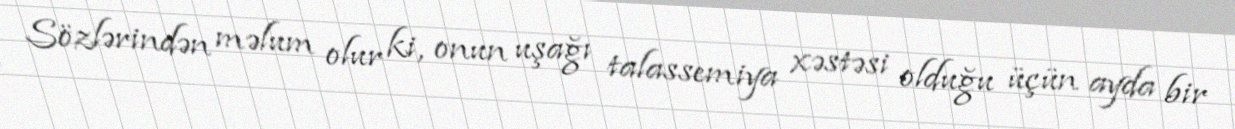
Sözlərindən məlum olur ki, onun uşağı talassemiya xəstəsi olduğu üçün ayda bir